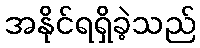
အနိုင်ရရှိခဲ့သည်